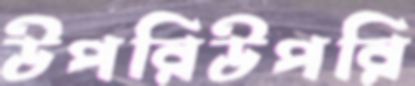
উপরিউপরি